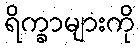
ရိက္ခာများကို